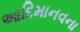
આદિમાનવના